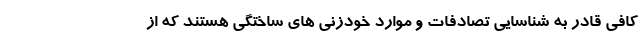
کافی قادر به شناسایی تصادفات و موارد خودزنی های ساختگی هستند که از